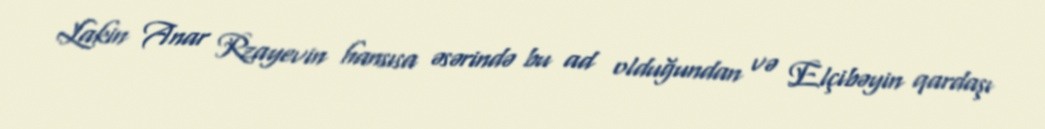
Lakin Anar Rzayevin hansısa əsərində bu ad olduğundan və Elçibəyin qardaşı